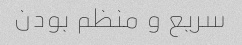
سریع و منظم بودن